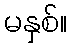
မနှစ်။